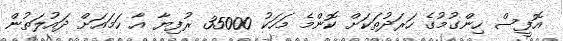
އޮފީސް ހިންގުމުގެ ހަރަދުތަކަށް ކޮންމެ މަހަކު 35000 ރުފިޔާ އާ ހަމައަށް ދައުލަތުން